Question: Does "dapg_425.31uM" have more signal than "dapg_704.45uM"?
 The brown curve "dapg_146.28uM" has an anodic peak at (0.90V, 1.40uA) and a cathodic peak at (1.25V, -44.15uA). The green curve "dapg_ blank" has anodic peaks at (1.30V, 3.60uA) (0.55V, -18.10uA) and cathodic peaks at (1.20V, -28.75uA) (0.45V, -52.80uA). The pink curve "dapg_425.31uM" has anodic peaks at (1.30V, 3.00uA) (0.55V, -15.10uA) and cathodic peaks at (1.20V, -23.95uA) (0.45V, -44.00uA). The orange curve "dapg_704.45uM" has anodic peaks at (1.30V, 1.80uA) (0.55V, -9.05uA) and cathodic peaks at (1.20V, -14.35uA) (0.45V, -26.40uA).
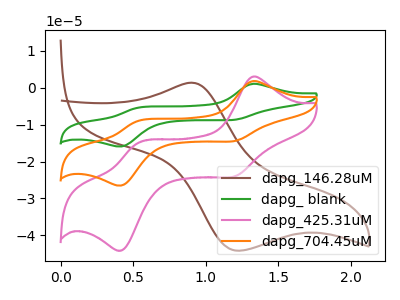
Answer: <think>All the peaks in "dapg_425.31uM" have a peak in "dapg_704.45uM" at the same potential.
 </think>
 <answer>I cant tell if "dapg_425.31uM" or "dapg_704.45uM" has more signal.</answer>
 <eval>mixed_signal</eval>